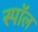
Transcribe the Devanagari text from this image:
स्पॉल